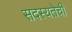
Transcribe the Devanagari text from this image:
सदस्यतेची